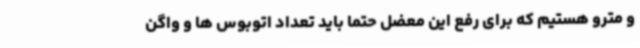
و مترو هستیم که برای رفع این معضل حتما باید تعداد اتوبوس ها و واگن